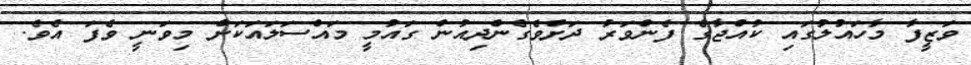
ވަޒީފާ މާހައުލުގައި ކުއްޖާގެ ފެންވަރު ދަށްވެގެންދިއުން ގައުމީ މައްސަލައަކަށް މިވަނީ ވެފަ އެވެ.